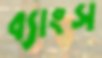
ব্যাংস